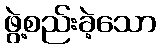
ဖွဲ့စည်းခဲ့သော